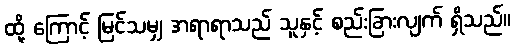
ထို့ ကြောင့် မြင်သမျှ အရာရာသည် သူနှင့် စည်းခြားလျက် ရှိသည်။